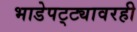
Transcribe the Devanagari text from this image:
भाडेपट्ट्यावरही